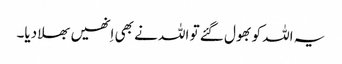
یہ اللہ کو بھول گئے تو اللہ نے بھی اِنھیں بھلا دیا۔